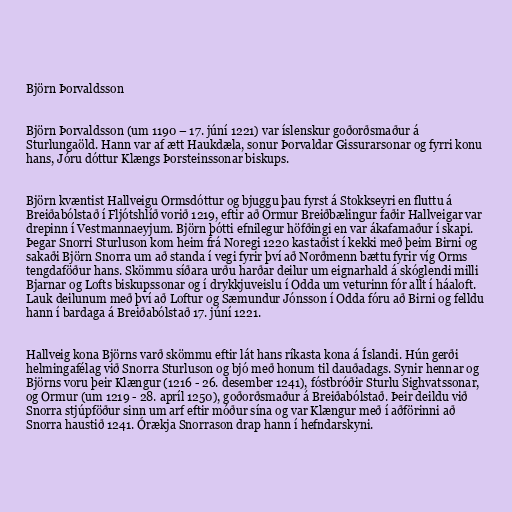
Björn Þorvaldsson

Björn Þorvaldsson (um 1190 – 17. júní 1221) var íslenskur goðorðsmaður á
Sturlungaöld. Hann var af ætt Haukdæla, sonur Þorvaldar Gissurarsonar og fyrri konu
hans, Jóru dóttur Klængs Þorsteinssonar biskups.

Björn kvæntist Hallveigu Ormsdóttur og bjuggu þau fyrst á Stokkseyri en fluttu á
Breiðabólstað í Fljótshlíð vorið 1219, eftir að Ormur Breiðbælingur faðir Hallveigar var
drepinn í Vestmannaeyjum. Björn þótti efnilegur höfðingi en var ákafamaður í skapi.
Þegar Snorri Sturluson kom heim frá Noregi 1220 kastaðist í kekki með þeim Birni og
sakaði Björn Snorra um að standa í vegi fyrir því að Norðmenn bættu fyrir víg Orms
tengdaföður hans. Skömmu síðara urðu harðar deilur um eignarhald á skóglendi milli
Bjarnar og Lofts biskupssonar og í drykkjuveislu í Odda um veturinn fór allt í háaloft.
Lauk deilunum með því að Loftur og Sæmundur Jónsson í Odda fóru að Birni og felldu
hann í bardaga á Breiðabólstað 17. júní 1221.

Hallveig kona Björns varð skömmu eftir lát hans ríkasta kona á Íslandi. Hún gerði
helmingafélag við Snorra Sturluson og bjó með honum til dauðadags. Synir hennar og
Björns voru þeir Klængur (1216 - 26. desember 1241), fóstbróðir Sturlu Sighvatssonar,
og Ormur (um 1219 - 28. apríl 1250), goðorðsmaður á Breiðabólstað. Þeir deildu við
Snorra stjúpföður sinn um arf eftir móður sína og var Klængur með í aðförinni að
Snorra haustið 1241. Órækja Snorrason drap hann í hefndarskyni.